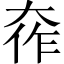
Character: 𫯧